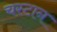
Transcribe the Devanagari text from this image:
चस्टान